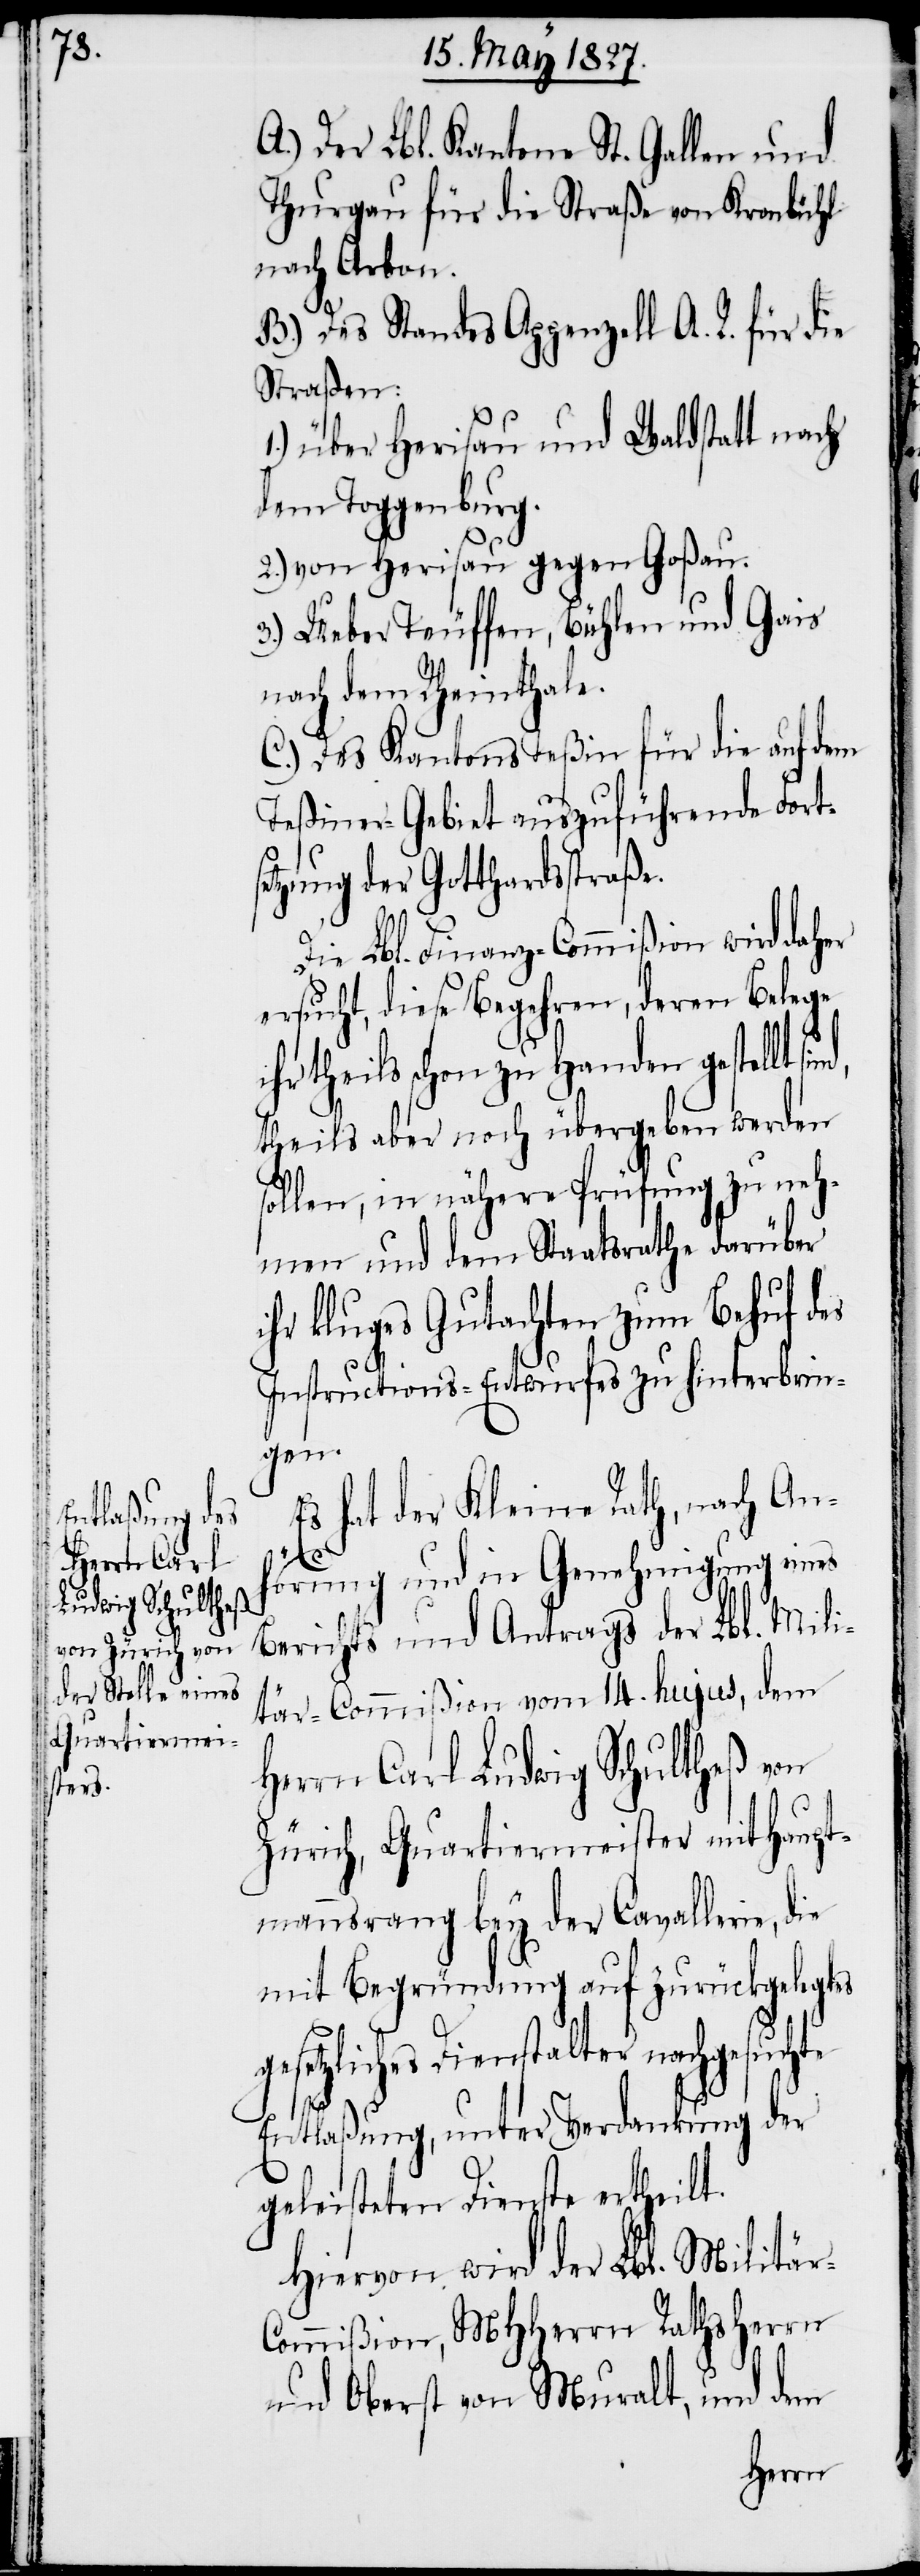
A.) Der Lbl. Kantone St. Gallen und
Thurgau für die Straße von Kronbühl
nach Arbon.
B.) Des Standes Appenzell A. R. für die
Straßen:
1.) über Herisau und Waldstatt nach
dem Toggenburg.
2.) von Herisau gegen Goßau.
3.) Ueber Teuffen, Bühlen und Gais
nach dem Rheinthale.
C.) Des Kantons Teßin für die auf dem
Teßiner-Gebiet auszuführende Forts¬
etzung der Gotthardstraße.
Die Lbl. Finanz-Commißion wird daher
ersucht, diese Begehren, deren Belege
theils schon zu Handen gestellt
theils aber noch übergeben werden
sollen, in nähere Prüfung zu neh¬
men und dem Staatsrathe darüber
ihr kluges Gutachten zum Behuf des
Instructions-Entwurfes zu hinterbrin¬
gen.
Es hat der Kleine Rath, nach An¬
hörung und in Genehmigung eines
Berichts und Antrags der Lbl. Mili¬
g¬
tär-Commißion vom 14. hujus, dem
Herrn Carl Ludwig Schultheß von
Zürich, Quartiermeister mit Haupt¬
mannsrang bey der Cavallerie, die
mit Begründung auf zurückgelegtes
esetzliches Dienstalter nachgesuchte
Entlaßung, unter Verdankung der
geleisteten Dienste ertheilt.
Hiervon wird der Lbl. Militär-C¬
ommißion, MHerrn Rathsherr
und Oberst von Muralt, und dem